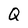
Character: Q